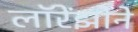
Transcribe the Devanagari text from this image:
लॉरेंझोने